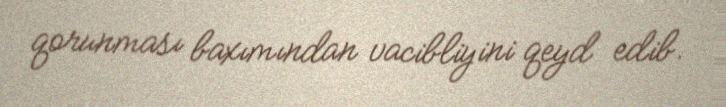
qorunması baxımından vacibliyini qeyd edib.